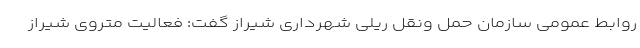
روابط عمومی سازمان حمل ونقل ریلی شهرداری شیراز گفت: فعالیت متروی شیراز